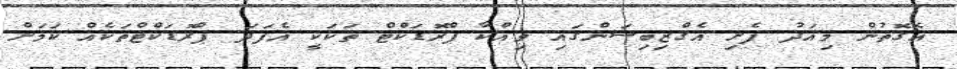
އެގޮތުން މިއަދު ފެށި އެގްޒިބިޝަންގައި ވިއްކާ ޕްރޮޑަކްޓް ތަކަކީ އެފަދަ ޕްރޮޑަކްޓްތަކެއް ކަމަށް